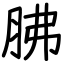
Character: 胇